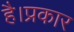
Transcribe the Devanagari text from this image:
है।प्रकार